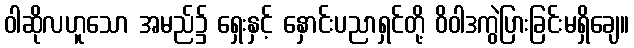
ဝါဆိုလဟူသော အမည်၌ ရှေးနှင့် နှောင်းပညာရှင်တို့ ဝိဝါဒကွဲပြားခြင်းမရှိချေ။